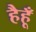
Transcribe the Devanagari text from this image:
हैहूँ